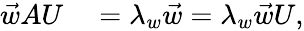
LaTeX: \begin{array}{rl}{\vec{w}AU}&{{}=\lambda_{w}\vec{w}=\lambda_{w}\vec{w}U,}\end{array}